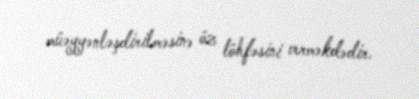
müəyyənləşdirilməsinə öz töhfəsini verməkdədir.